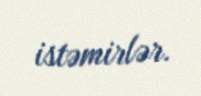
istəmirlər.